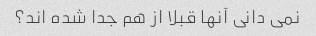
نمی دانی آنها قبلا از هم جدا شده اند؟